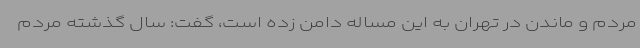
مردم و ماندن در تهران به این مساله دامن زده است، گفت: سال گذشته مردم